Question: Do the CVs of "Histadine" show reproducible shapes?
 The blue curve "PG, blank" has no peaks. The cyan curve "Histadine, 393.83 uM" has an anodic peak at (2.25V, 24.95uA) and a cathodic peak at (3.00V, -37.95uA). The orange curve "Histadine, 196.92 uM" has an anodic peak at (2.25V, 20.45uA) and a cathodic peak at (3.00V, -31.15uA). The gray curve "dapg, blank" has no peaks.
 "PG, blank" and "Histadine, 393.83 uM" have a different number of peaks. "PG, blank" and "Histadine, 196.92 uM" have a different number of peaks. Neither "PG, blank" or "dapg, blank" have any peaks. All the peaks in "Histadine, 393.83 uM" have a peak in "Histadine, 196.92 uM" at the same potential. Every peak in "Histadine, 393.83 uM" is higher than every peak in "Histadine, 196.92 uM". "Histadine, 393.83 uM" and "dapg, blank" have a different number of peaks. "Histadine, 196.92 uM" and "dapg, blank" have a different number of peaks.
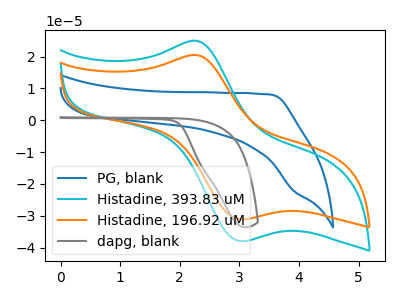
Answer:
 <answer>All the CV's of "Histadine" have similar shape.</answer>
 <eval>follow_rule</eval>